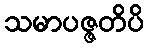
သမာပဇ္ဇတိပိ